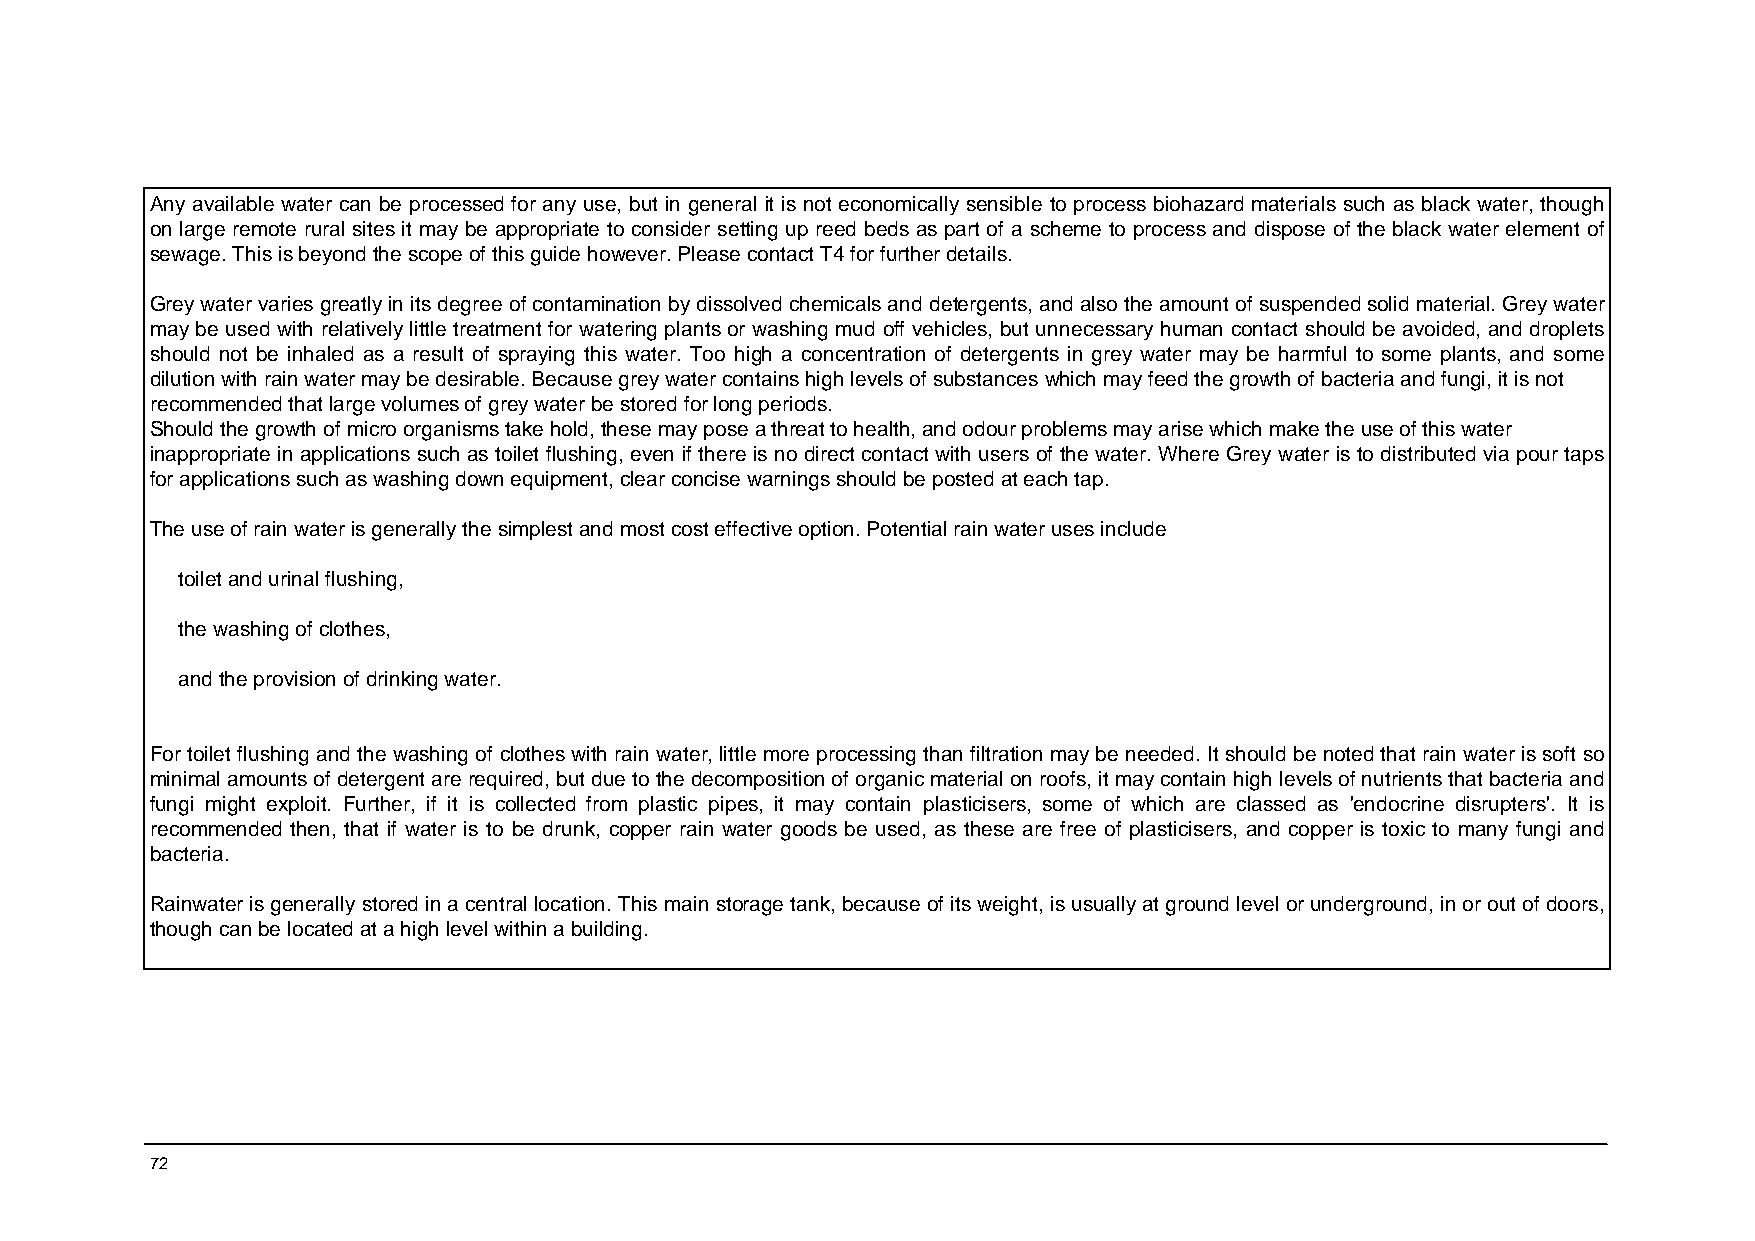
Any available water can be processed for any use, but in general it is not economically sensible to process biohazard materials such as black water, though
 on large remote rural sites it may be appropriate to consider setting up reed beds as part of a scheme to process and dispose of the black water element of
 sewage. This is beyond the scope of this guide however. Please contact T4 for further details.
 Grey water varies greatly in its degree of contamination by dissolved chemicals and detergents, and also the amount of suspended solid material. Grey water
 may be used with relatively little treatment for watering plants or washing mud off vehicles, but unnecessary human contact should be avoided, and droplets
 should not be inhaled as a result of spraying this water. Too high a concentration of detergents in grey water may be harmful to some plants, and some
 dilution with rain water may be desirable. Because grey water contains high levels of substances which may feed the growth of bacteria and fungi, it is not
 recommended that large volumes of grey water be stored for long periods.
 Should the growth of micro organisms take hold, these may pose a threat to health, and odour problems may arise which make the use of this water
 inappropriate in applications such as toilet flushing, even if there is no direct contact with users of the water. Where Grey water is to distributed via pour taps
 for applications such as washing down equipment, clear concise warnings should be posted at each tap.
 The use of rain water is generally the simplest and most cost effective option. Potential rain water uses include
 toilet and urinal flushing,
 the washing of clothes,
 and the provision of drinking water.
 For toilet flushing and the washing of clothes with rain water, little more processing than filtration may be needed. It should be noted that rain water is soft so
 minimal amounts of detergent are required, but due to the decomposition of organic material on roofs, it may contain high levels of nutrients that bacteria and
 fungi might exploit. Further, if it is collected from plastic pipes, it may contain plasticisers, some of which are classed as 'endocrine disrupters'. It is
 recommended then, that if water is to be drunk, copper rain water goods be used, as these are free of plasticisers, and copper is toxic to many fungi and
 bacteria.
 Rainwater is generally stored in a central location. This main storage tank, because of its weight, is usually at ground level or underground, in or out of doors,
 though can be located at a high level within a building.
 72